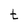
Character: t